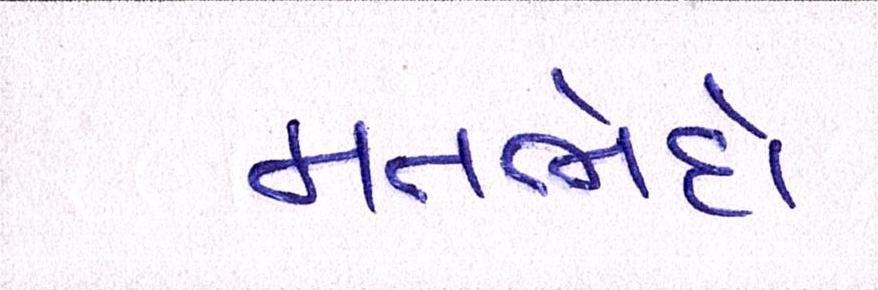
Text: મતભેદો